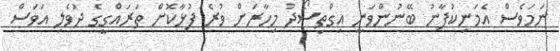
ނަމަވެސް އެމަނިކުފާނު ބޭނުންވަނީ އިގްތިސޯދު މިހާރަށް ވުރެ ފުޅާކޮށް ތަރައްގީގެ ދުވެލި އަވަސް